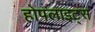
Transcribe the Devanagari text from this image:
होपलाइट्स